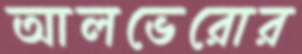
আলভেরোর